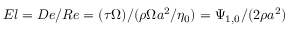
E l = D e / R e = ( \tau \Omega ) / ( \rho \Omega { a } ^ { 2 } / \eta _ { 0 } ) = \Psi _ { 1 , 0 } / ( 2 \rho { a } ^ { 2 } )